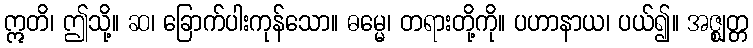
ဣတိ၊ ဤသို့။ ဆ၊ ခြောက်ပါးကုန်သော။ ဓမ္မေ၊ တရားတို့ကို။ ပဟာနာယ၊ ပယ်၍။ အဇ္ဈတ္တ